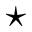
{ \star }